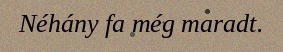
Néhány fa még maradt.